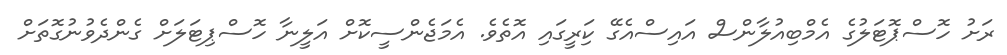
ރަށު ހޮސްޕޮޓަލުގެ އެމްބިއުލާންސް އައިސްއެގޭ ކަިރީގައި އޮތެވެ. އެމަޖެންސީކޮށް އަލީނާ ހޮސްޕިޓަލަށް ގެންދެވުނުގޮތަށް